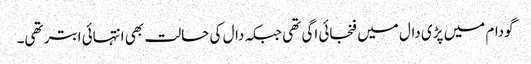
گودام میں پڑی دال میں فنجائی اگی تھی جبکہ دال کی حالت بھی انتہائی ابتر تھی۔